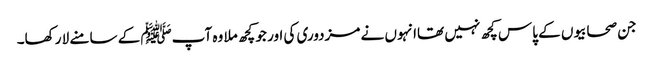
جن صحابیوں کے پاس کچھ نہیں تھاانہوں نے مزدوری کی اور جو کچھ ملا وہ آپﷺ کے سامنے لا رکھا۔